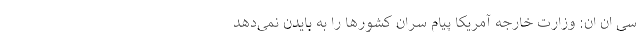
سی ان ان: وزارت خارجه آمریکا پیام سران کشورها را به بایدن نمی‌دهد